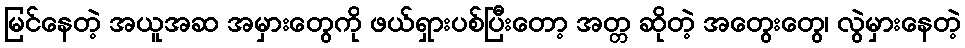
မြင်နေတဲ့ အယူအဆ အမှားတွေကို ဖယ်ရှားပစ်ပြီးတော့ အတ္တ ဆိုတဲ့ အတွေးတွေ၊ လွဲမှားနေတဲ့